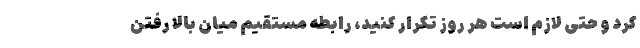
کرد و حتی لازم است هر روز تکرار کنید، رابطه مستقیم میان بالا رفتن